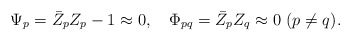
\begin{align*}\Psi_p=\bar Z_pZ_p-1\approx 0,\quad\Phi_{pq}=\bar Z_pZ_q\approx 0 \ (p\neq q).\end{align*}